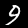
Label: 9